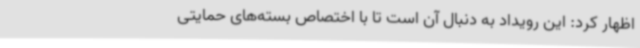
اظهار کرد: این رویداد به دنبال آن است تا با اختصاص بسته‌های حمایتی